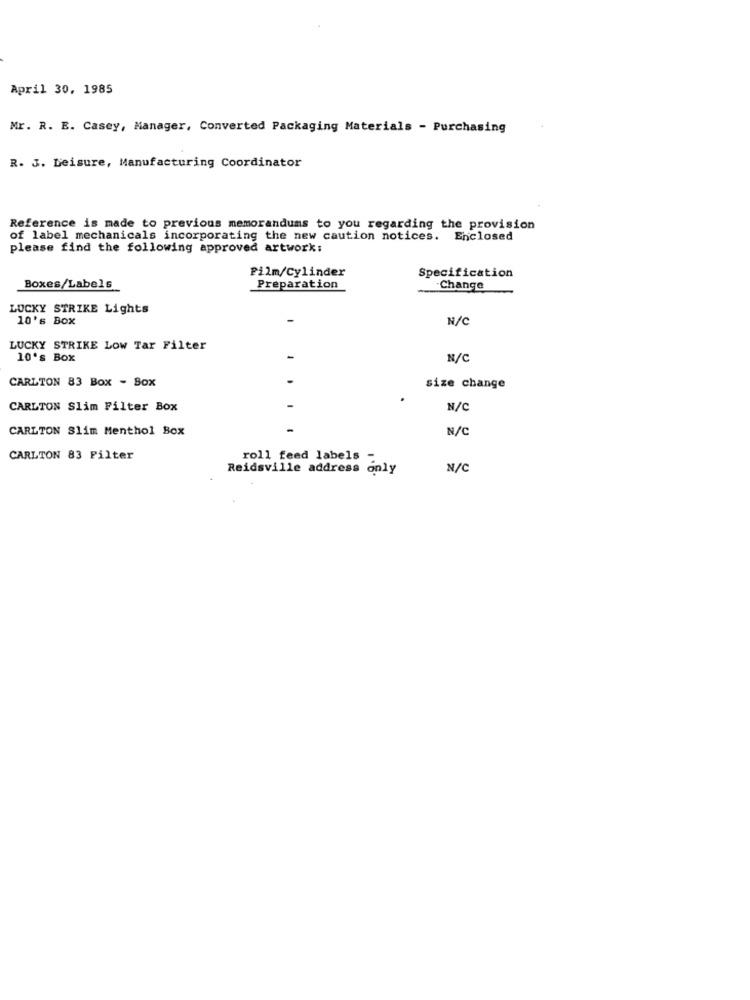
April 30, 1985
Mr. R. E. Casey, Manager, Converted Packaging Materials - Purchasing
R. J. Leisure, Manufacturing Coordinator
Reference is made to previous memorandums to you regarding the provision
of label mechanicals incorporating the new caution notices. Enclosed
please find the following approved artwork:
Film/Cylinder
Specification
Boxes/Labels
Preparation
Change
LUCKY STRIKE Lights
10's Box
N/C
LUCKY STRIKE Low Tar Filter
10's Box
N/C
CARLTON 83 Box - Box
size change
CARLTON Slim Filter Box
N/C
CARLTON Slim Menthol Box
N/C
CARLTON 83 Filter
roll feed labels
Reidsville address only
N/C